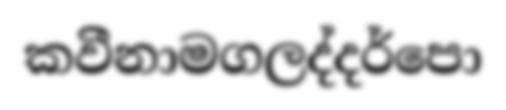
කවීනාමගලද්දර්පො